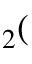
_ 2 (